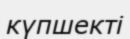
күпшекті